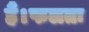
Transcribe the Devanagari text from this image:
हैं।फलतः